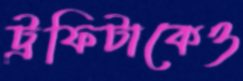
ট্রফিটাকেও